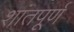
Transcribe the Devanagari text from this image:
शांतपूर्ण